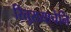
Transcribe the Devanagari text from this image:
रितुरायाचेनि